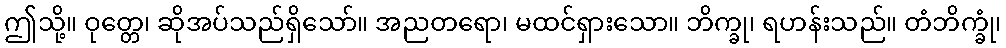
ဤသို့။ ဝုတ္တေ၊ ဆိုအပ်သည်ရှိသော်။ အညတရော၊ မထင်ရှားသော။ ဘိက္ခု၊ ရဟန်းသည်။ တံဘိက္ခုံ၊